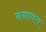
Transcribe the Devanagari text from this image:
बनावत